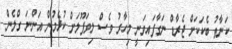
ކަނާތު ބެކަކަށް ޖެރާޑް ނަގާފައިވަނީ މިހާރު ވެސް ލިވަޕޫލަށް ކުޅެމުން އަންނަ ގްލެން